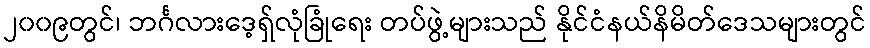
၂၀၀၉တွင်၊ ဘင်္ဂလားဒေ့ရှ်လုံခြုံရေး တပ်ဖွဲ့များသည် နိုင်ငံနယ်နိမိတ်ဒေသများတွင်